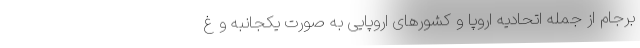
برجام از جمله اتحادیه اروپا و کشورهای اروپایی به صورت یکجانبه و غ